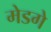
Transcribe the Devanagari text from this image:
मेडगे